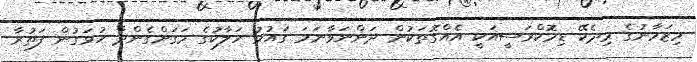
މިޒަމާނުގެ މިދެކޭ ޑިމޮކްރަސީއަކީ އެއްގޮތަކުން ދަންނަވާނަމަ ގައުމު ހަލާކުގެ މަގަށްގެންދާ ހުޅަގުން ފަތުރާ